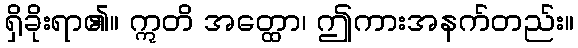
ရှိခိုးရာ၏။ ဣတိ အတ္ထော၊ ဤကားအနက်တည်း။